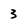
Character: 3